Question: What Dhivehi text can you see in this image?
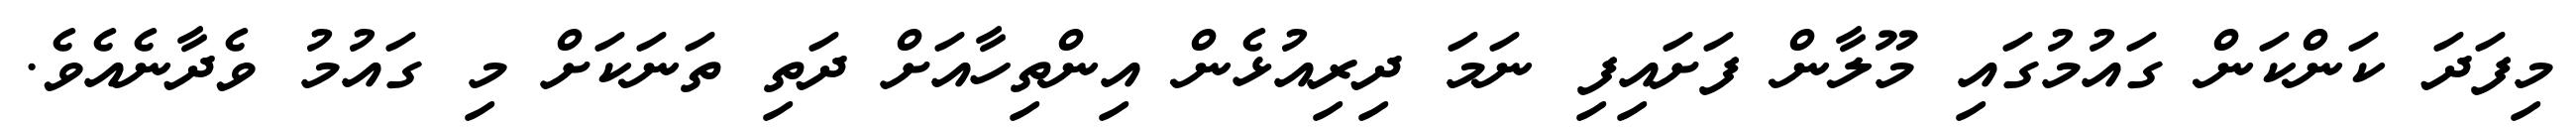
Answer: މިފަދަ ކަންކަން ގައުމުގައި މޫލާން ފަށައިފި ނަމަ ދިރިއުޅެން އިންތިހާއަށް ދަތި ތަނަކަށް މި ގައުމު ވެދާނެއެވެ.